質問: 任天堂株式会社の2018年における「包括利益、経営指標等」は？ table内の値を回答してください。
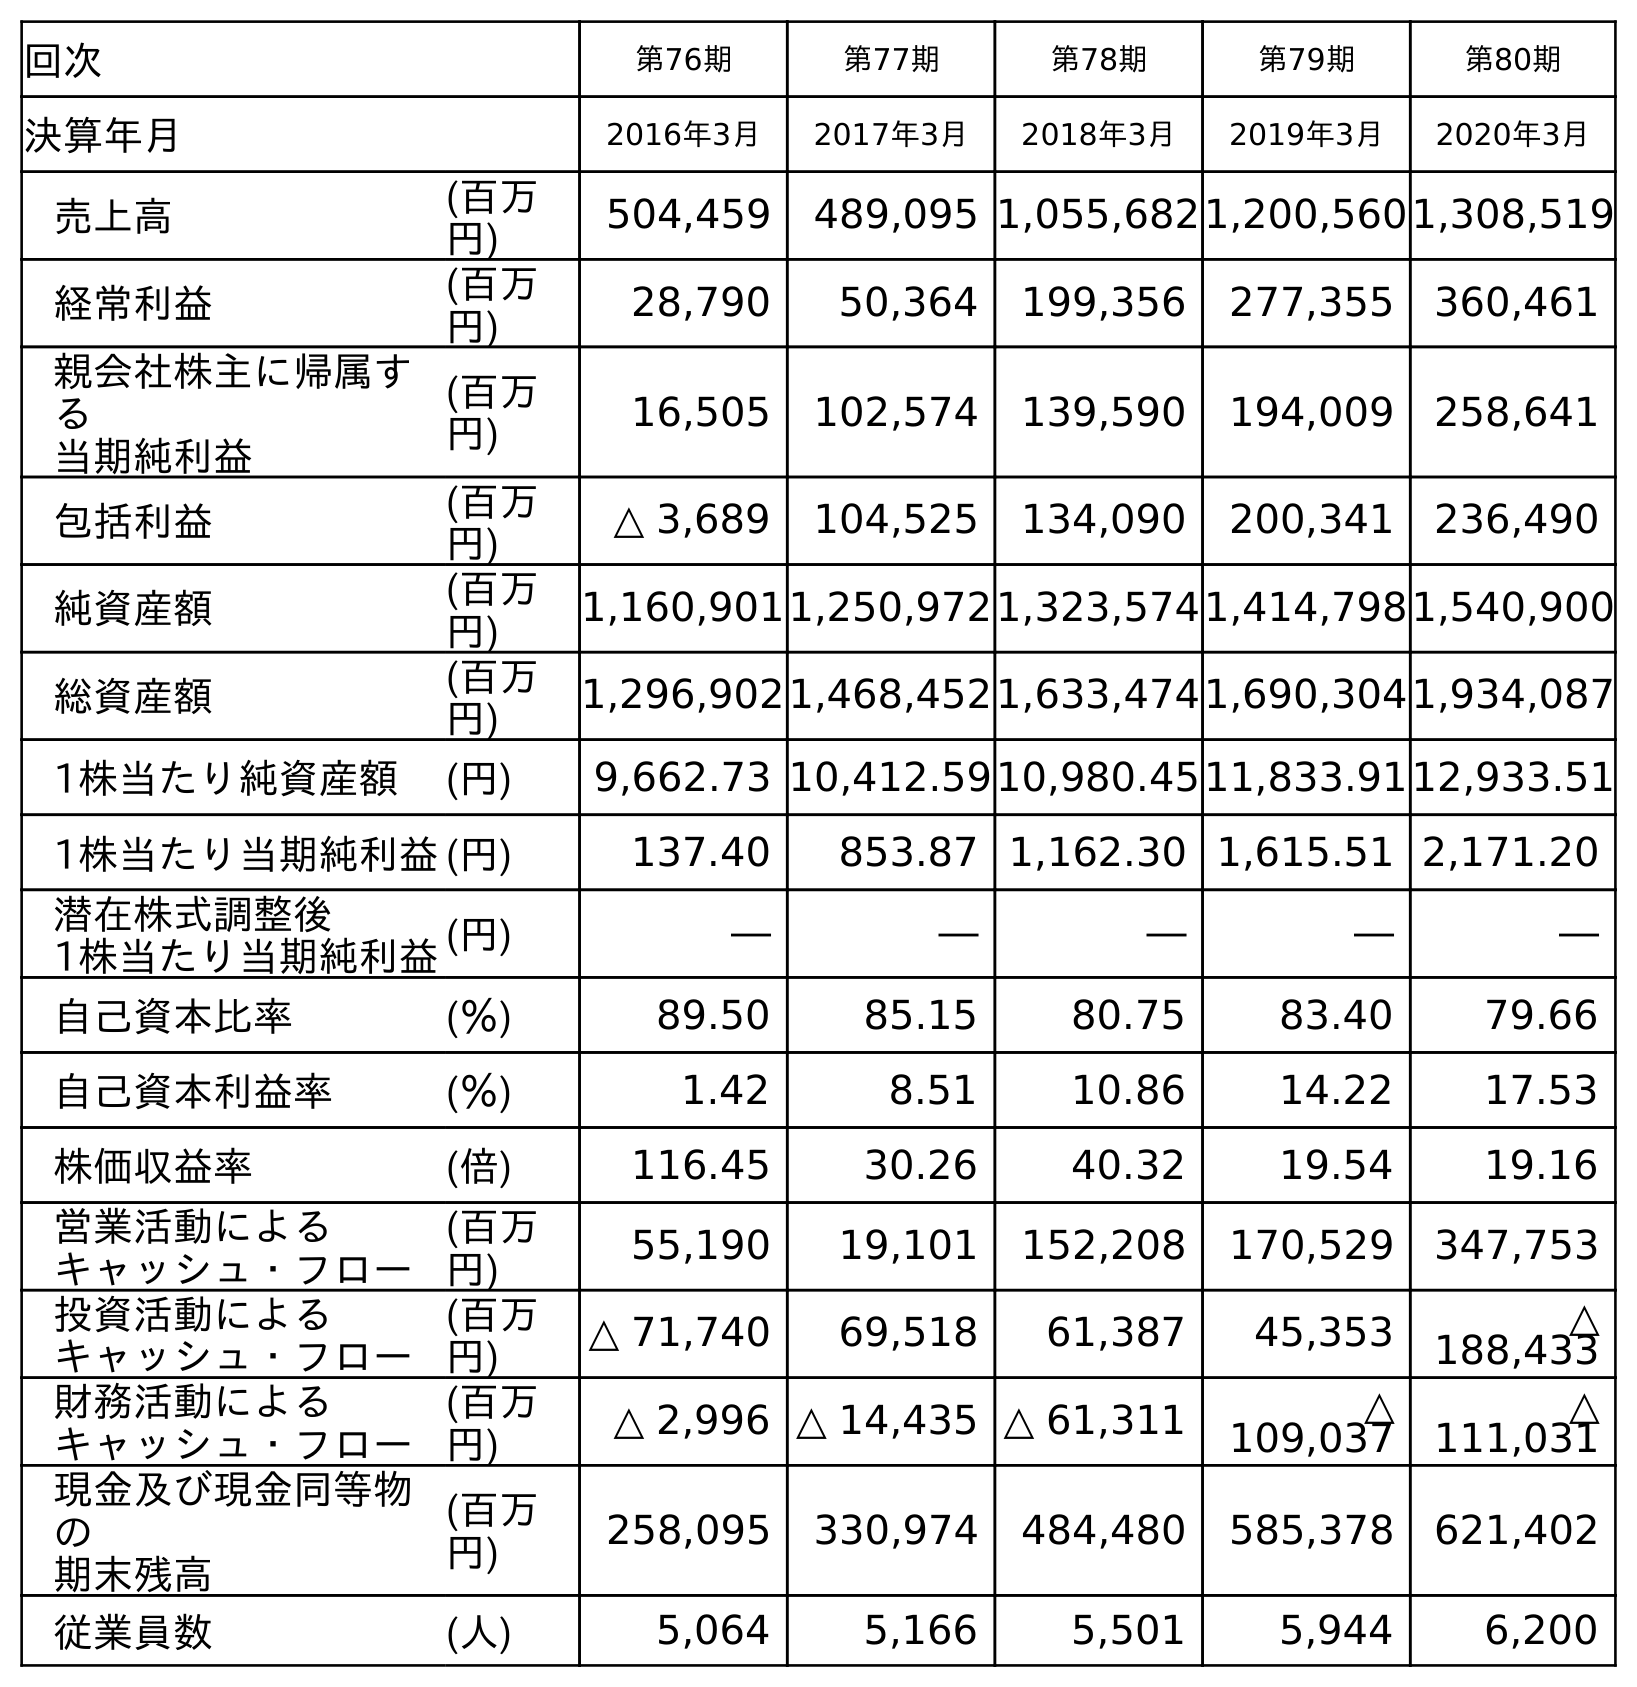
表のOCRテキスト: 回次 第76期 第77期 第78期 第79期 第80期 決算年月 2016年3月 2017年3月 2018年3月 2019年3月 2020年3月 売上高 (百万 円) 504,459 489,095 1,055,6821,200,5601,308,519 経常利益 (百万 円) 28,790 50,364 199,356 277,355 360,461 親会社株主に帰属す る 当期純利益 (百万 円) 16,505 102,574 139,590 194,009 258,641 包括利益 (百万 円) △ 3,689 104,525 134,090 200,341 236,490 純資産額 (百万 円) 1,160,9011,250,9721,323,5741,414,7981,540,900 総資産額 (百万 円) 1,296,9021,468,4521,633,4741,690,3041,934,087 1株当たり純資産額 (円) 9,662.73 10,412.5910,980.4511,833.9112,933.51 1株当たり当期純利益(円) 137.40 853.87 1,162.30 1,615.51 2,171.20 潜在株式調整後 1株当たり当期純利益(円) ― ― ― ― ― 自己資本比率 (％) 89.50 85.15 80.75 83.40 79.66 自己資本利益率 (％) 1.42 8.51 10.86 14.22 17.53 株価収益率 (倍) 116.45 30.26 40.32 19.54 19.16 営業活動による キャッシュ・フロー (百万 円) 55,190 19,101 152,208 170,529 347,753 投資活動による キャッシュ・フロー (百万 円) △ 71,740 69,518 61,387 45,353 △ 188,433 財務活動による キャッシュ・フロー (百万 円) △ 2,996 △ 14,435 △ 61,311 △ 109,037 △ 111,031 現金及び現金同等物 の 期末残高 (百万 円) 258,095 330,974 484,480 585,378 621,402 従業員数 (人) 5,064 5,166 5,501 5,944 6,200
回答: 134,090